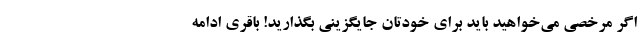
اگر مرخصی می‌خواهید باید برای خودتان جایگزینی بگذارید! باقری ادامه